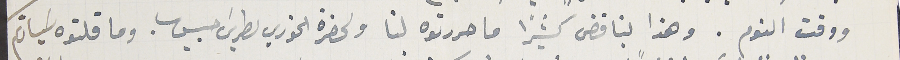
ووقت النوم. وهذا بناقض كثيرا ما حررتوه لنا ولحضرة الخوري بطريسَ حبيس. وما قلتوه سَيادتكم